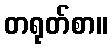
တရုတ်စာ။